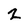
Character: 2